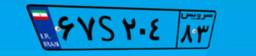
۱۷S۰۳۵۷۷